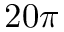
2 0 \pi